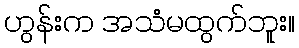
ဟွန်းက အသံမထွက်ဘူး။